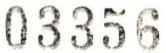
03356